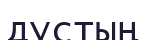
дустың